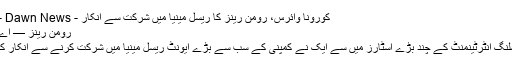
کورونا وائرس، رومن رینز کا ریسل مینیا میں شرکت سے انکار - Sport - Dawn News
رومن رینز — اے پی فوٹو
ورلڈ ریسلنگ انٹرٹینمنٹ کے چند بڑے اسٹارز میں سے ایک نے کمپنی کے سب سے بڑے ایونٹ ریسل مینیا میں شرکت کرنے سے انکار کردیا ہے۔